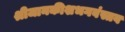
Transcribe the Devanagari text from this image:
श्रीजानकीशभगवंस्तव